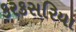
કરકસરિયા